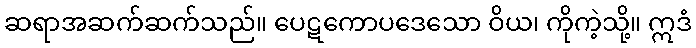
ဆရာအဆက်ဆက်သည်။ ပေဋကောပဒေသော ဝိယ၊ ကိုကဲ့သို့။ ဣဒံ